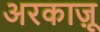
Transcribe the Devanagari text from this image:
अरकाज़ू